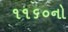
૧૧૬૦નો